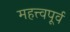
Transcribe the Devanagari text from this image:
महत्त्वपूर्व